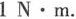
1N·m.